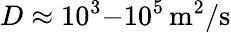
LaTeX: D\approx 10^{3}{-}10^{5}\, \mathrm{m^{2}/s}